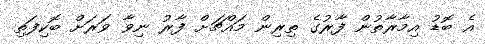
އެ ބޮޑު އިމާރާތުން ފާރުގެ ތިރިން މައްޗަށް ފާރު ނިވާ ވަރަށް ބޮކިފަތި